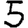
Digit: 5